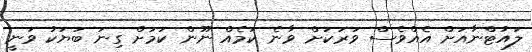
ލައުޓްނާއަށް އެއްވެސް ވަރަކަށް ވާނެ ކަމެއް ނޫން ކަމަށް ގިނަ ބަޔަކު ވަނީ